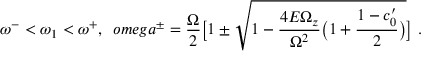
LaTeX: \omega ^ { - } < \omega _ { 1 } < \omega ^ { + } , \ \, o m e g a ^ { \pm } = \frac { \Omega } { 2 } \bigl [ 1 \pm \sqrt { 1 - \frac { 4 E \Omega _ { z } } { \Omega ^ { 2 } } \bigl ( 1 + \frac { 1 - c _ { 0 } ^ { \prime } } { 2 } \bigr ) } \bigr ] \ .